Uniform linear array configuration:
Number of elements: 12
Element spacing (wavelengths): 0.25
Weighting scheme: kaiser
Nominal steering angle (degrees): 30
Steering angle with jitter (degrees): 29.504
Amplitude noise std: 0.05
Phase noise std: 0.05

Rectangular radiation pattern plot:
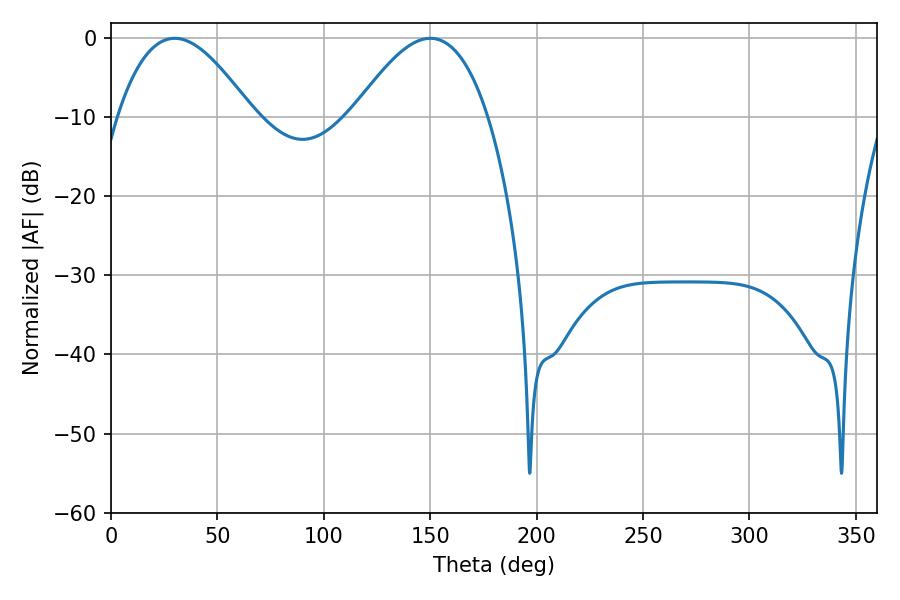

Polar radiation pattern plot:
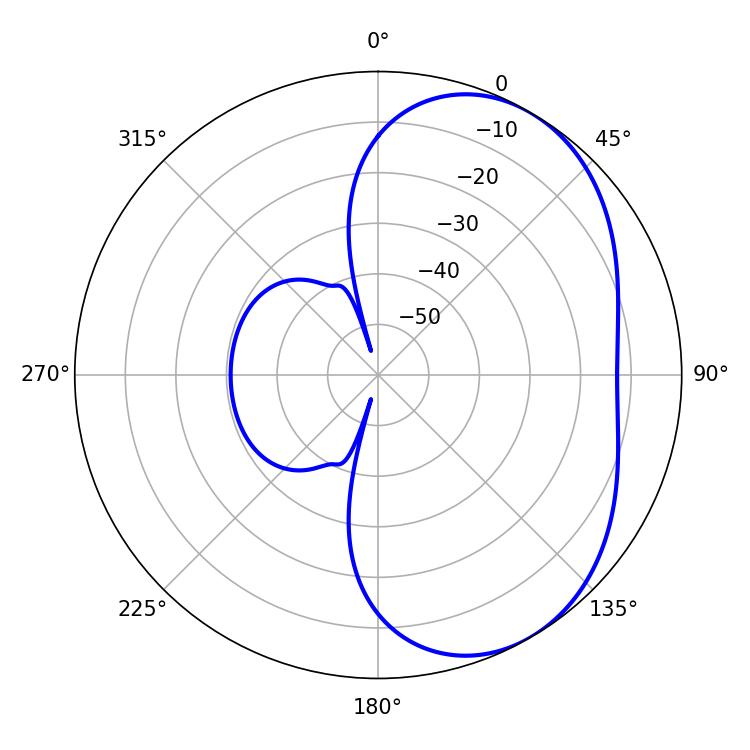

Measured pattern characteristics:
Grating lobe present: FALSE
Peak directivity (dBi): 4.407
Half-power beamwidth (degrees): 34.56
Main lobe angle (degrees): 29.88